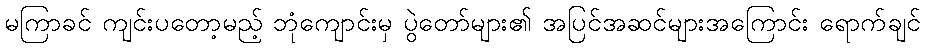
မကြာခင် ကျင်းပတော့မည့် ဘုံကျောင်းမှ ပွဲတော်များ၏ အပြင်အဆင်များအကြောင်း ရောက်ချင်